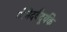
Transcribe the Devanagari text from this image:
गोमेदवैदूर्यके